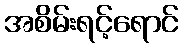
အစိမ်းရင့်ရောင်